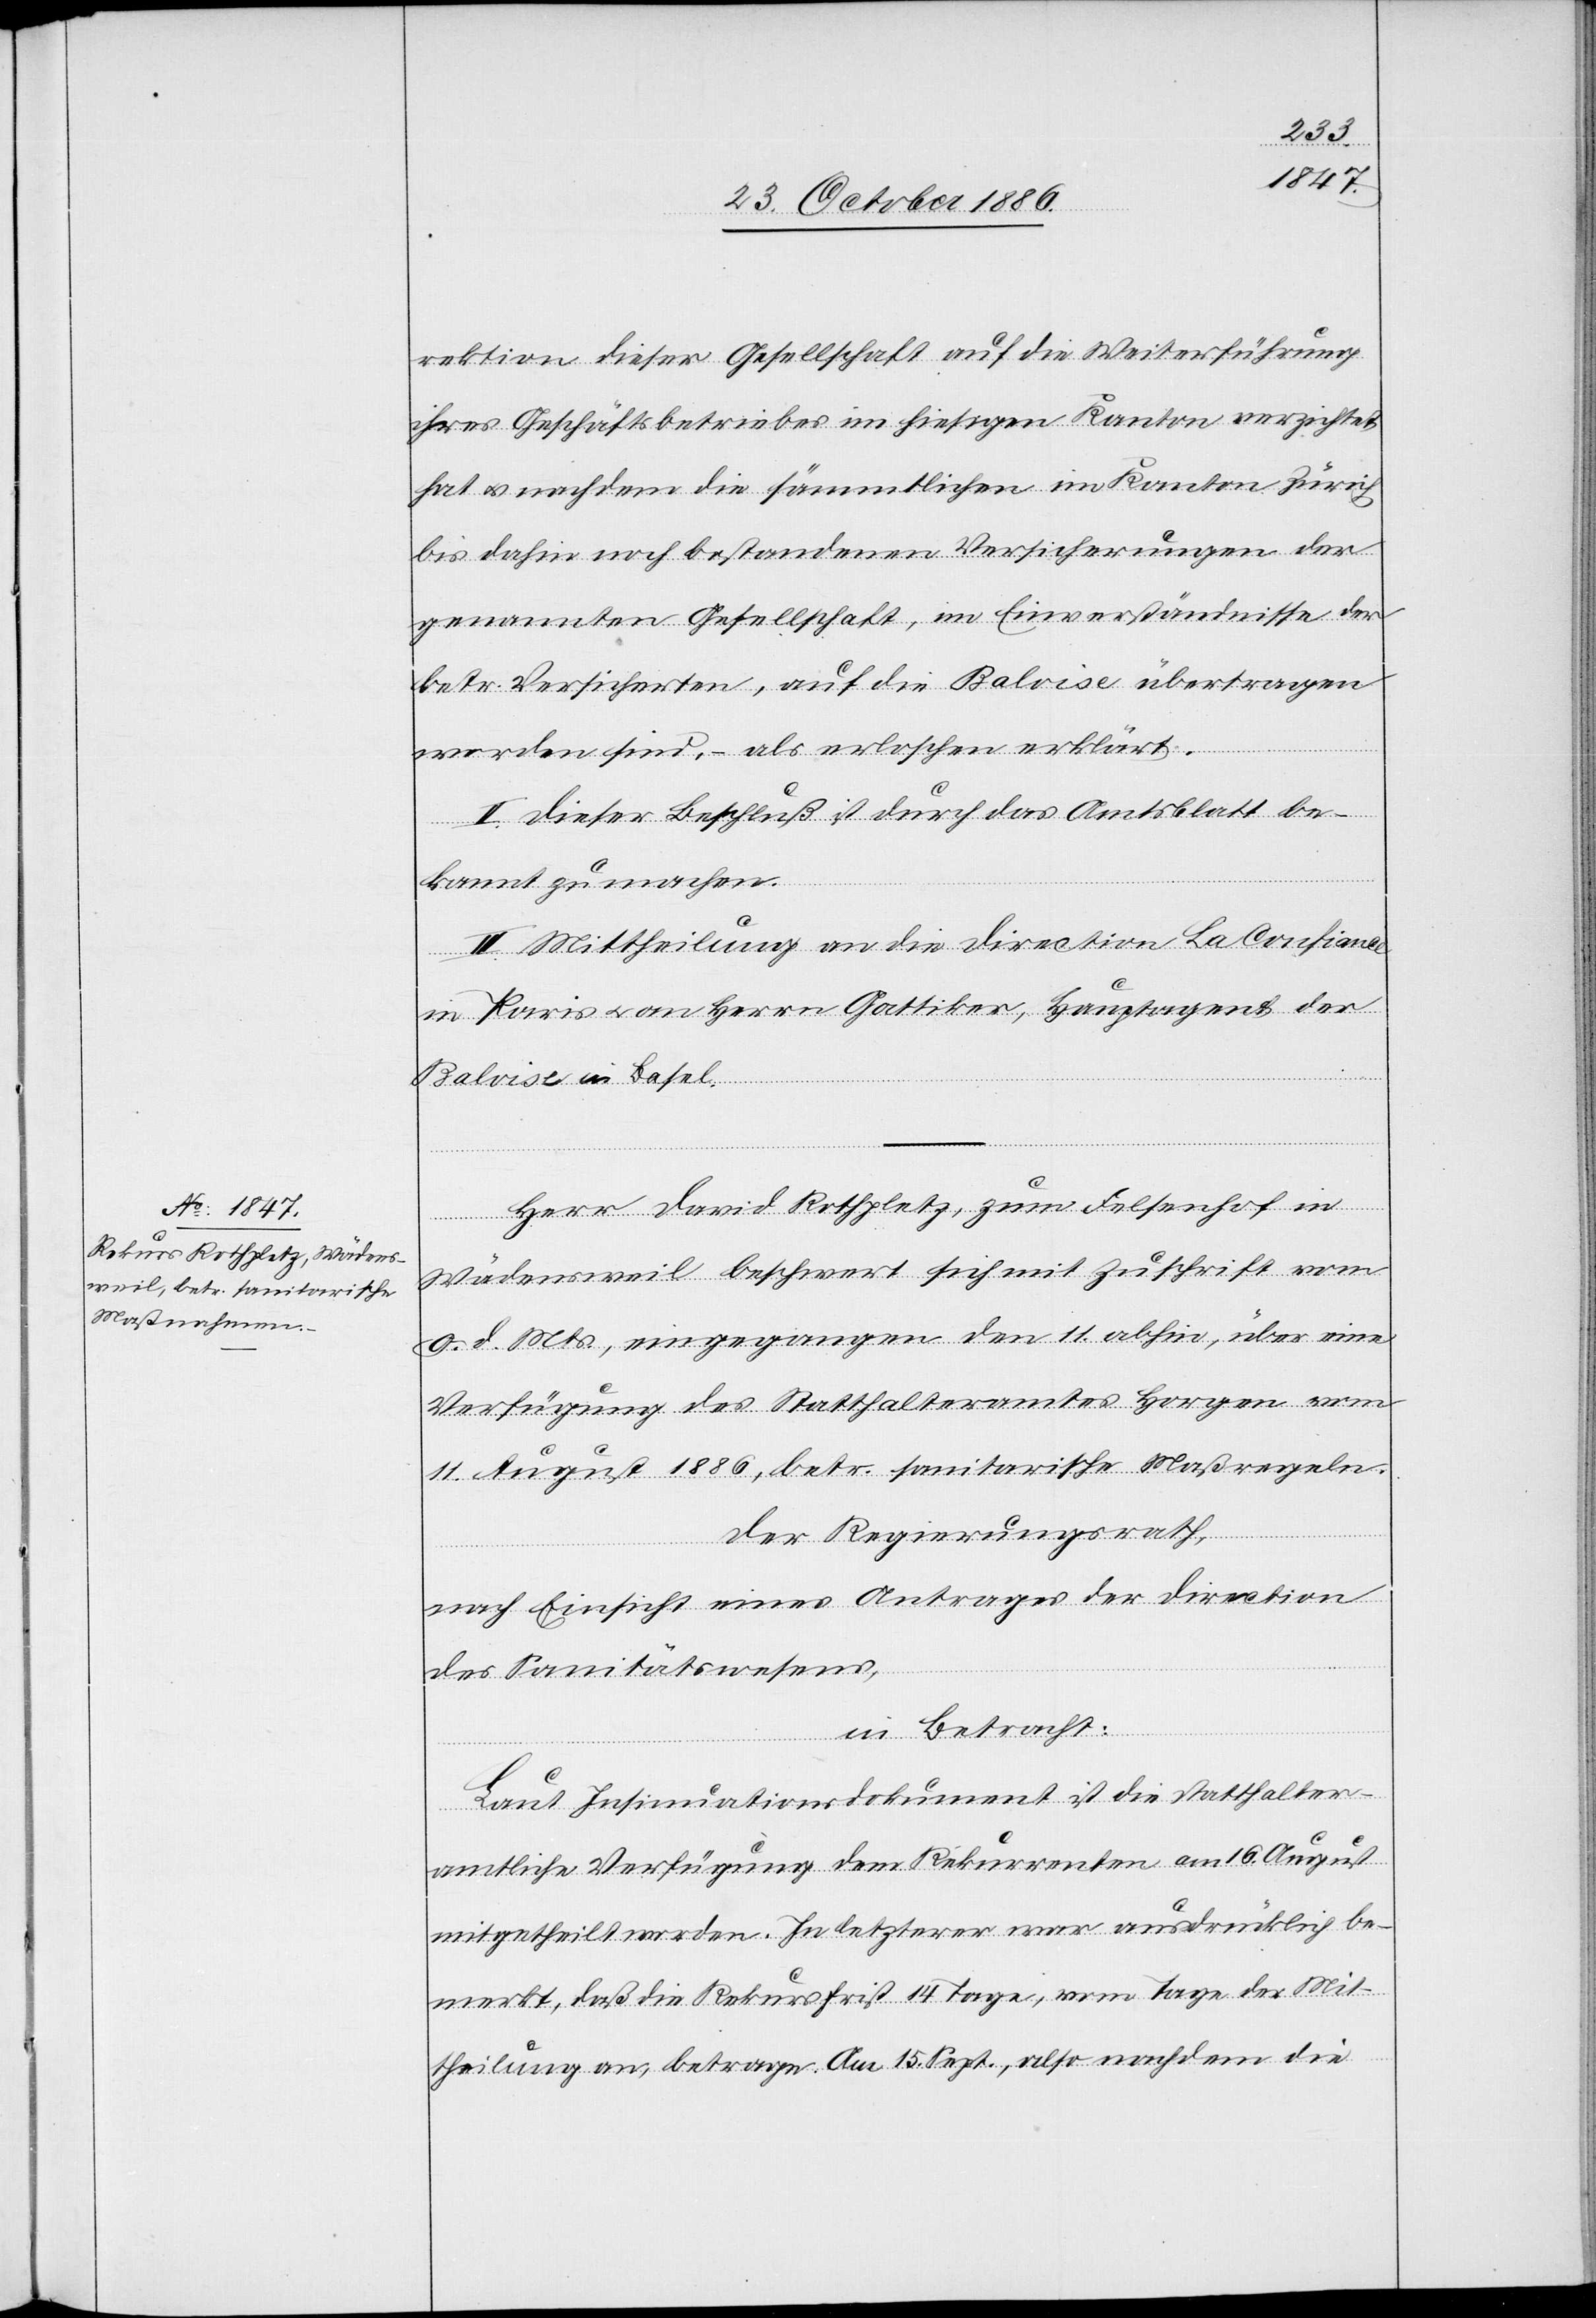
rektion dieser Gesellschaft auf die Weiterführung
ihres Geschäftsbetriebes im hiesigen Kanton verzichtet
hat & nachdem die sämmtlichen im Kanton Zürich
bis dahin noch bestandenen Versicherungen der
genannten Gesellschaft, im Einverständnisse der
betr. Versicherten, auf die Baloise übertragen
worden sind, – als erloschen erklärt.
II. Dieser Beschluß ist durch das Amtsblatt be¬
kannt zu machen.
III. Mittheilung an die Direction La Confian¬
ce
in Paris & an Herrn Gattiker, Hauptagent der
Baloise in Basel.
Herr David Rothpletz, zum Felsenhof in
Wädensweil beschwert sich mit Zuschrift vom
9. d. Mts., eingegangen den 11. abhin, über eine
Verfügung des Statthalteramtes Horgen vom
11. August 1886, betr. sanitarische Maßregeln.
Der Regierungsrath,
nach Einsicht eines Antrages der Direction
des Sanitätswesens,
in Betracht:
Laut Insinuationsdokument ist die statthalter¬
amtliche Verfügung dem Rekurrenten am 16. August
mitgetheilt worden. In letzterer war ausdrücklich be¬
merkt, daß die Rekursfrist 14 Tage, vom Tage der Mit¬
theilung an, betrage. Am 15. Sept., also nachdem die